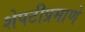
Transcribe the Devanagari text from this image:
शेपटीप्रमाणे